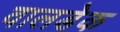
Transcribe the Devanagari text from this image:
वालडेक